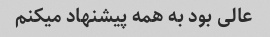
عالی بود به همه پیشنهاد میکنم